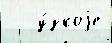
   у́зкоjе